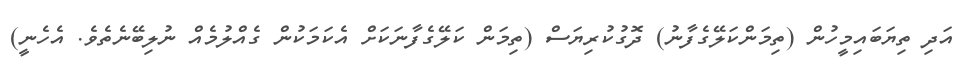
އަދި ތިޔަބައިމީހުން (ތިމަންކަލޭގެފާނު) ދޮގުކުރިޔަސް (ތިމަން ކަލޭގެފާނަކަށް އެކަމަކުން ގެއްލުމެއް ނުލިބޭނެތެވެ. އެހެނީ)